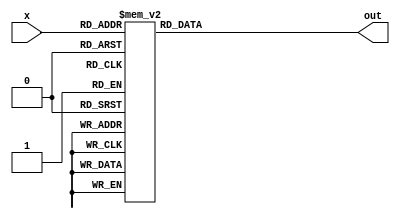
`timescale 1ns / 1ps
//////////////////////////////////////////////////////////////////////////////////
// Company: 
// Engineer: 
// 
// Design Name: 
// Module Name: Decodr3_to_8
// Project Name: 
// Target Devices: 
// Tool Versions: 
// Description: 
// 
// Dependencies: 
// 
// Revision:
// Revision 0.01 - File Created
// Additional Comments:
// 
//////////////////////////////////////////////////////////////////////////////////


module Decodr3_to_8(input [2:0]x,
 output reg [7:0]out);
 always@(x)
 case(x)
 3'b000 : out = 8'b00000001;
 3'b001 : out = 8'b00000010;
 3'b010 : out = 8'b00000100;
 3'b011 : out = 8'b00001000;
 3'b100 : out = 8'b00010000;
 3'b101 : out = 8'b00100000;
 3'b110 : out = 8'b01000000;
 3'b111 : out = 8'b10000000;
endcase

endmodule